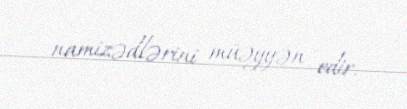
namizədlərini müəyyən edir.